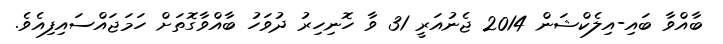
ބާއްވާ ބައި-އިލެކްޝަން 2014 ޖެނުއަރީ 31 ވާ ހޮނިހިރު ދުވަހު ބާއްވާގޮތަށް ހަމަޖައްސައިފިއެވެ.